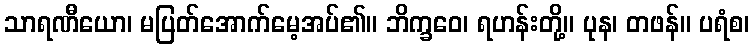
သာရဏီယော၊ မပြတ်အောက်မေ့အပ်၏။ ဘိက္ခဝေ၊ ရဟန်းတို့။ ပုန၊ တဖန်။ ပရံစ၊